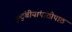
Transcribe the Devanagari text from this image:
कुटुंबीयांपाठोपाठ